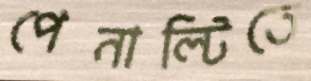
পেনাল্টিতে